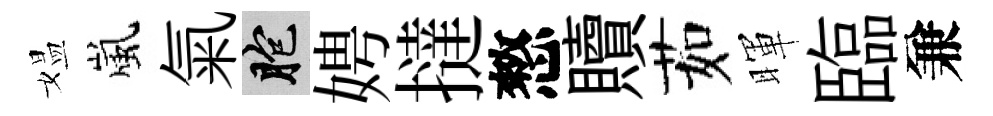
媪嵐氣胞娉撻憗贖茹暉臨兼